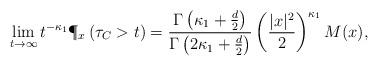
LaTeX: \begin{align*} \lim_{t \to \infty} t^{- \kappa_1} \P_x \left( \tau_C > t \right) = \frac{\Gamma \left( \kappa_1 + \frac{d}{2} \right)}{\Gamma \left( 2 \kappa_1 + \frac{d}{2} \right)} \left( \frac{|x|^2}{2} \right)^{\kappa_1} M(x), \end{align*}